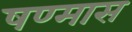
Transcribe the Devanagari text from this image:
षण्मास